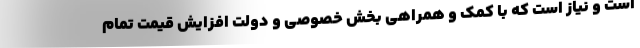
است و نیاز است که با کمک و همراهی بخش خصوصی و دولت افزایش قیمت تمام